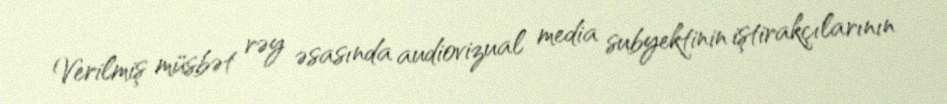
Verilmiş müsbət rəy əsasında audiovizual media subyektinin iştirakçılarının